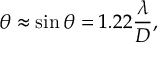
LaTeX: \theta \approx \sin \theta = 1 . 2 2 { \frac { \lambda } { D } } ,